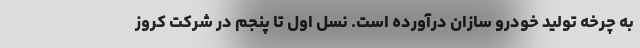
به چرخه تولید خودرو سازان درآورده است. نسل اول تا پنجم در شرکت کروز